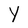
Character: Y